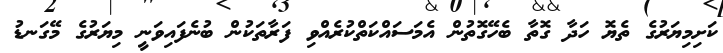
ކަށިމިޔަރުގެ ތެޔޮ ހަދާ ގޮތާ ބެހޭގޮތުން އެމަސައްކަތްކުރެއްވި ފަރާތަކުން ބުނެފައިވަނީ މިޔަރުގެ މޭގަނޑު